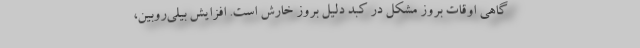
گاهی اوقات بروز مشکل در کبد دلیل بروز خارش است. افزایش بیلی‌روبین،